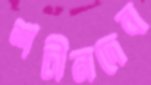
শচীনদেব